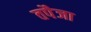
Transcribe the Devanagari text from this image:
तपैजा